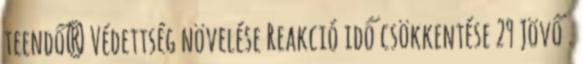
teendő? Védettség növelése Reakció idő csökkentése 29 Jövő .